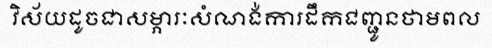
វិស័យដូចជាសម្ភារៈសំណង់ការដឹកជញ្ជូនថាមពល